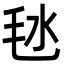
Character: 㲑